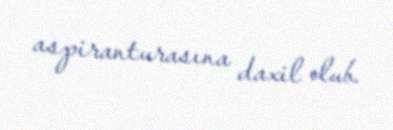
aspiranturasına daxil olub.